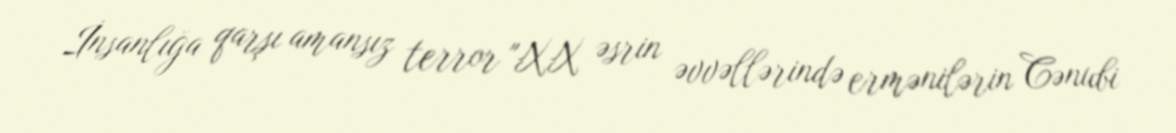
İnsanlığa qarşı amansız terror "XX əsrin əvvəllərində ermənilərin Cənubi